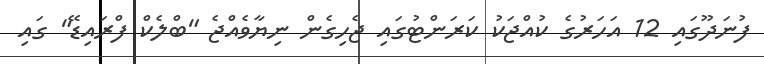
ފުނަދޫގައި 12 އަހަރުގެ ކުއްޖަކު ކަރަންޓުގައި ޖެހިގެން ނިޔާވެއްޖެ "ބްލެކް ފްރައިޑޭ" ގައި